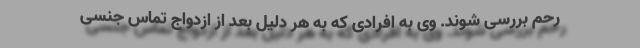
رحم بررسی شوند. وی به افرادی که به هر دلیل بعد از ازدواج تماس جنسی